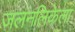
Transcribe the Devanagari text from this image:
जलनलिकेला